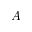
A